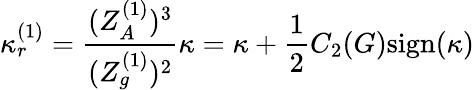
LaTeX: \kappa_{r}^{(1)}=\frac{(Z_{A}^{(1)})^{3}}{(Z_{g}^{(1)})^{2}}\kappa=\kappa+\frac{1}{2}C_{2}(G)\mathrm{sign}(\kappa)